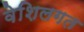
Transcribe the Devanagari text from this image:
वेशिलगत